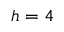
h = 4